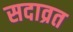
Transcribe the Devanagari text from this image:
सदाव्रत